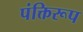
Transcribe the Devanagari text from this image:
पंक्तिरूप